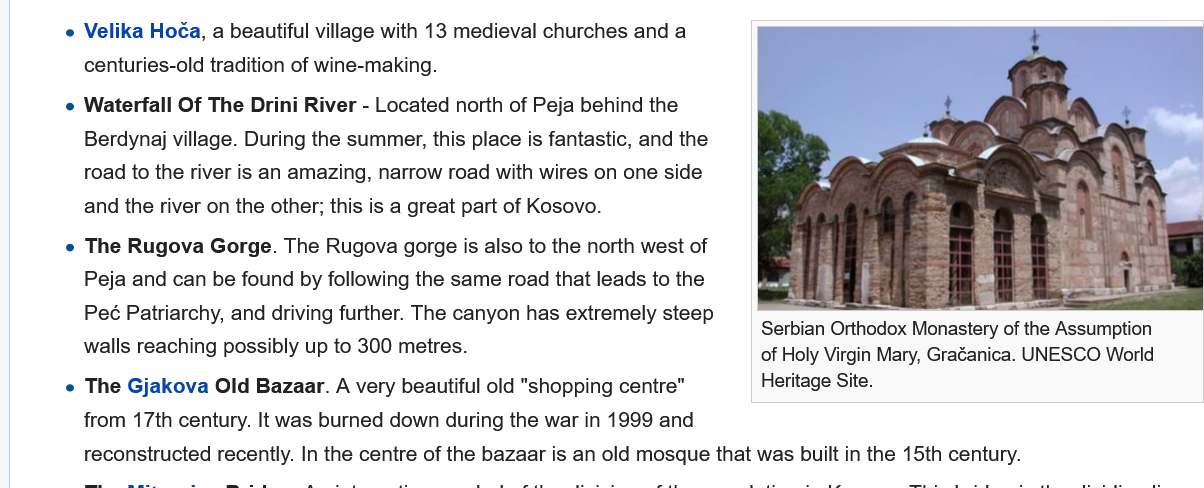
reconstructed recently. In the centre of the bazaar is an old mosque that was built in the 15th century.
     e The Rugova Gorge. The Rugova gorge is also to the north west of
     Peja and can be found by following the same road that leads to the
     Peé Patriarchy, and driving further. The canyon has extremely steep
     walls reaching possibly up to 300 metres.
     e The Gjakova Old Bazaar. A very beautiful old "shopping centre"
     from 17th century. It was burned down during the war in 1999 and
     e Waterfall Of The Drini River
     -
     Located north of Peja behind the
     Berdynqj village. During the summer, this place is fantastic, and the
     road to the river is an amazing, narrow road with wires on one side
     and the river on the other; this is a great part of Kosovo.
     e Velika Hoéa, a beautiful village with 13 medieval churches and a
     centuries-old tradition of wine-making.
     Serbian Orthodox Monastery of the Assumption
     of Holy Virgin Mary, Graéanica. UNESCO World
     Heritage Site.